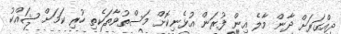
ދިއްގަރަށް ދާން މާލެ އިން ފުރަން އުޅެނިކޮށް މަސްތުވާތަކެތި ހުރި ކަމަށް ޝައްކު